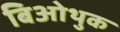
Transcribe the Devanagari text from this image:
बिओथुक